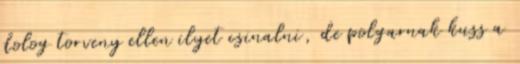
dolog torveny ellen ilyet csinalni, de polgarnak kuss a